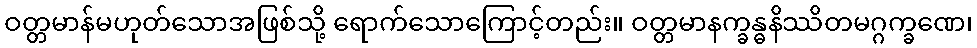
ဝတ္တမာန်မဟုတ်သောအဖြစ်သို့ ရောက်သောကြောင့်တည်း။ ဝတ္တမာနက္ခန္ဓနိဿိတမဂ္ဂက္ခဏေ၊